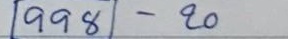
998 - 20